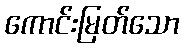
ကောင်းမြတ်သော